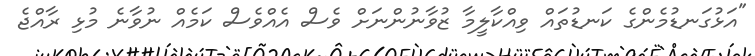
"އަޅުގަނޑުމެންގެ ކަނޑުތައް ވިއްކާލީމާ ޒުވާނުންނަށް ވެސް އެއްވެސް ކަމެއް ނުވާނެ މުޅި ރާއްޖެ